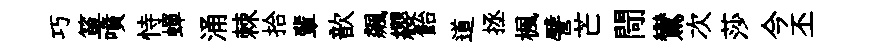
巧箪噴恃蟬涌棘拾輩歆飆纓飴道拯楓譬芒閜鸞次莎今丕